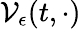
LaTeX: \mathcal{V}_{\epsilon}(t,\cdot)